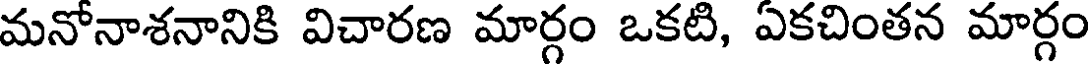
మనోనాశనానికి విచారణ మార్గం ఒకటి, ఏకచింతన మార్గం